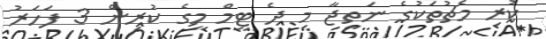
ކުރި މެޗުތަކުގެ ނަތީޖާ މި ދެ ޓީމް މީގެ ކުރިން 3 ފަހަރު